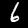
Digit: 6